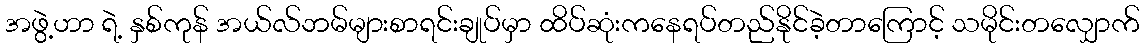
အဖွဲ့ဟာ ရဲ့ နှစ်ကုန် အယ်လ်ဘမ်များစာရင်းချုပ်မှာ ထိပ်ဆုံးကနေရပ်တည်နိုင်ခဲ့တာကြောင့် သမိုင်းတလျှောက်